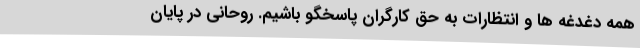
همه دغدغه ها و انتظارات به حق کارگران پاسخگو باشیم. روحانی در پایان